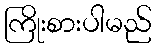
ကြိုးစားပါမည်